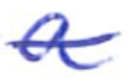
Text: a
Cross-out: single-line
Writing tool: ballpoint